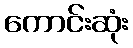
ကောင်းဆုံး